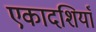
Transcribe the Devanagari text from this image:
एकादशियाँ